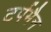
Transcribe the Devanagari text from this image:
टर्पमैन